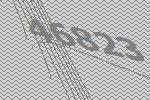
46823